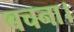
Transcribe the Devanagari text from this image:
बचना।